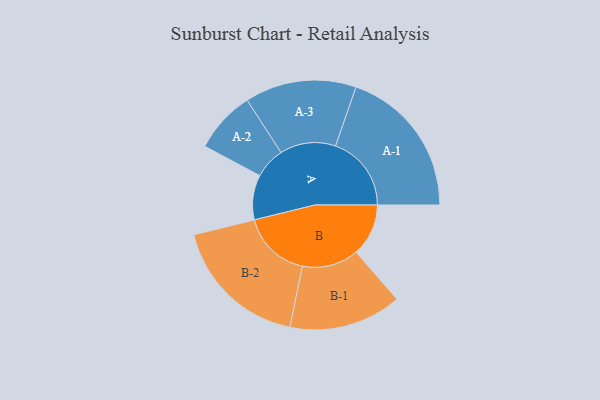
{"axis": {"x": "Segment", "y": "Value"}, "legend": ["", "A", "B"], "data": [{"x": "A", "y": 147, "type": ""}, {"x": "B", "y": 172, "type": ""}, {"x": "A-1", "y": 249, "type": "A"}, {"x": "A-2", "y": 102, "type": "A"}, {"x": "A-3", "y": 183, "type": "A"}, {"x": "B-1", "y": 185, "type": "B"}, {"x": "B-2", "y": 227, "type": "B"}]}